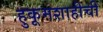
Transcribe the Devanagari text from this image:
हुकूमशाहीची